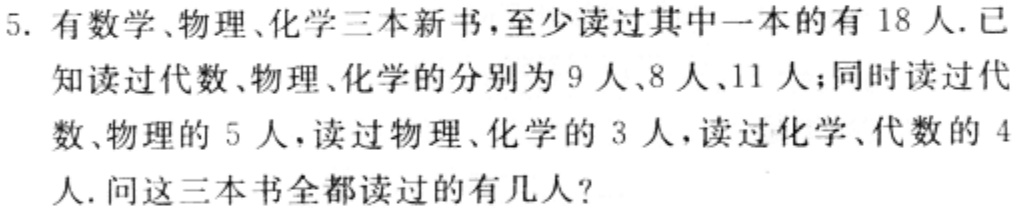
5. 有数学、物理、化学三本新书，至少读过其中一本的有 18 人. 已知读过代数、物理、化学的分别为 9 人、8 人、11 人；同时读过代数、物理的 5 人，读过物理、化学的 3 人，读过化学、代数的 4 人. 问这三本书全都读过的有几人？